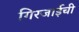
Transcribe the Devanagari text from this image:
गिरजाईची